Senior Leaving Certificate Examination (including Day School Certificate (Higher) General paper), 1950
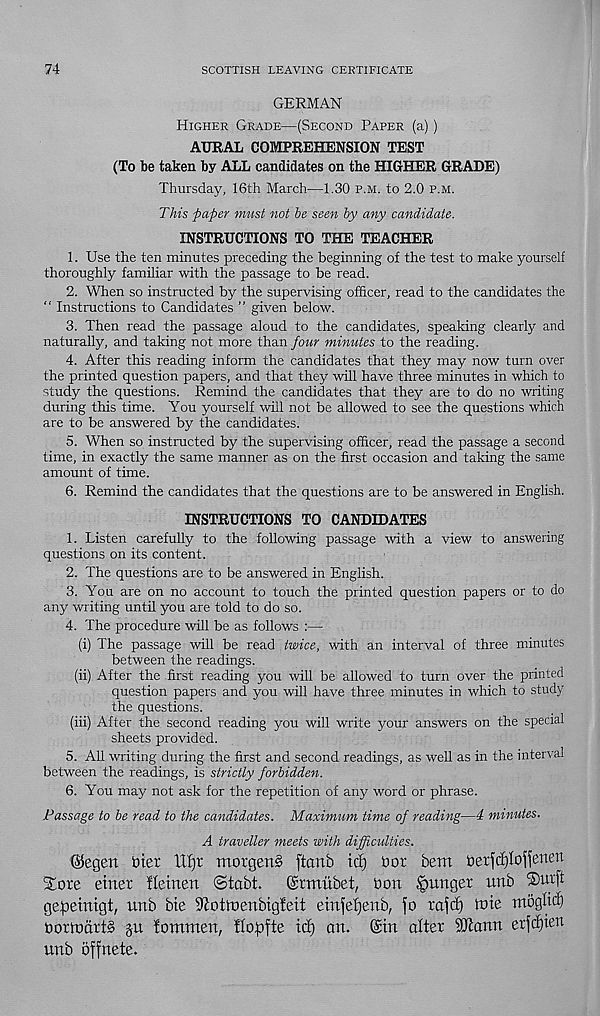
74
SCOTTISH LEAVING CERTIFICATE
GERMAN
Higher Grade—(Second Paper (a))
AURAL COMPREHENSION TEST
(To be taken by ALL candidates on the HIGHER GRADE)
Thursday, 16th March—1.30 P.M. to 2.0 P.M.
This paper must not he seen hy any candidate.
INSTRUCTIONS TO THE TEACHER
1. Use the ten minutes preceding the beginning of the test to make yourself
thoroughly familiar with the passage to be read.
2. When so instructed by the supervising officer, read to the candidates the
" Instructions to Candidates ” given below.
3. Then read the passage aloud to the candidates, speaking clearly and
naturally, and taking not more than four minutes to the reading.
4. After this reading inform the candidates that they may now turn over
the printed question papers, and that they will have three minutes in which to
study the questions. Remind the candidates that they are to do no writing
during this time. You yourself will not be allowed to see the questions which
are to be answered by the candidates.
5. When so instructed by the supervising officer, read the passage a second
time, in exactly the same manner as on the first occasion and taking the same
amount of time.
6. Remind the candidates that the questions are to be answered in English.
INSTRUCTIONS TO CANDIDATES
1. Listen carefully to the following passage with a view to answering
questions on its content.
2. The questions are to be answered in English.
3. You are on no account to touch the printed question papers or to do
any writing until you are told to do so.
4. The procedure will be as follows :—
(i) The passage will be read twice, with an interval of three minutes
between the readings.
(ii) After the first reading you will be allowed to turn over the printed
question papers and you will have three minutes in which to study
the questions.
(iii) After the second reading you will write your answers on the special
sheets provided.
5. All writing during the first and second readings, as well as in the interval
between the readings, is strictly forbidden.
6. You may not ask for the repetition of any word or phrase.
Passage to he read to the candidates. Maximum time of reading—4 minutes.
A traveller meets with difficulties.
(Sfegen bier ttfjr morgen^ ftctnb tdj Dor bent berfdjlojfeneu
S£ore enter fleinen (Stabt.
(Srmubet, bon hunger unb ®ut[t
gepeinigt, unb bie ^otloenbigleit einfetjenb, fo rajcf) mie ntoglid)
boribdrt§
fontnten, floipfte id) an. ©in alter 9Jiann erfdjien
unb offnete.